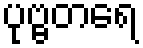
ပုဗ္ဗတရေ